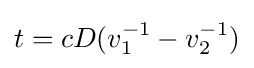
t=cD(v_{1}^{-1}-v_{2}^{-1})